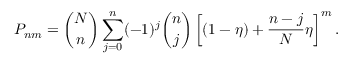
P _ { n m } = \binom { N } { n } \sum _ { j = 0 } ^ { n } ( - 1 ) ^ { j } \binom { n } { j } \left[ ( 1 - \eta ) + \frac { n - j } { N } \eta \right] ^ { m } .